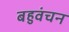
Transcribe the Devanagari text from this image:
बहुवंचन